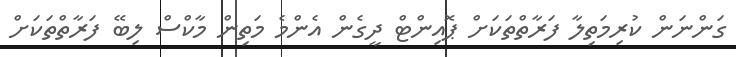
ގަންނަން ކުރިމަތިލާ ފަރާތްތަކަށް ޕޮއިންޓް ދީގެން އެންމެ މަތިން މާކްސް ލިބޭ ފަރާތްތަކަށް